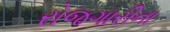
રોજગારીના